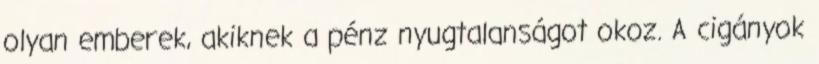
olyan emberek, akiknek a pénz nyugtalanságot okoz. A cigányok